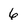
Character: 6